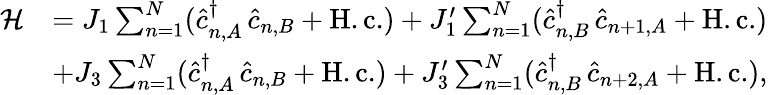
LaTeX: \begin{array}{rl}{\mathcal{H}}&{=J_{1}\sum_{n=1}^{N}(\hat{c}_{n,A}^{\dagger}\, \hat{c}_{n,B}+\mathrm{H.c.})+J_{1}^{\prime}\sum_{n=1}^{N}(\hat{c}_{n,B}^{\dagger}\, \hat{c}_{n+1,A}+\mathrm{H.c.})}\\ &{+J_{3}\sum_{n=1}^{N}(\hat{c}_{n,A}^{\dagger}\, \hat{c}_{n,B}+\mathrm{H.c.})+J_{3}^{\prime}\sum_{n=1}^{N}(\hat{c}_{n,B}^{\dagger}\, \hat{c}_{n+2,A}+\mathrm{H.c.}),}\end{array}